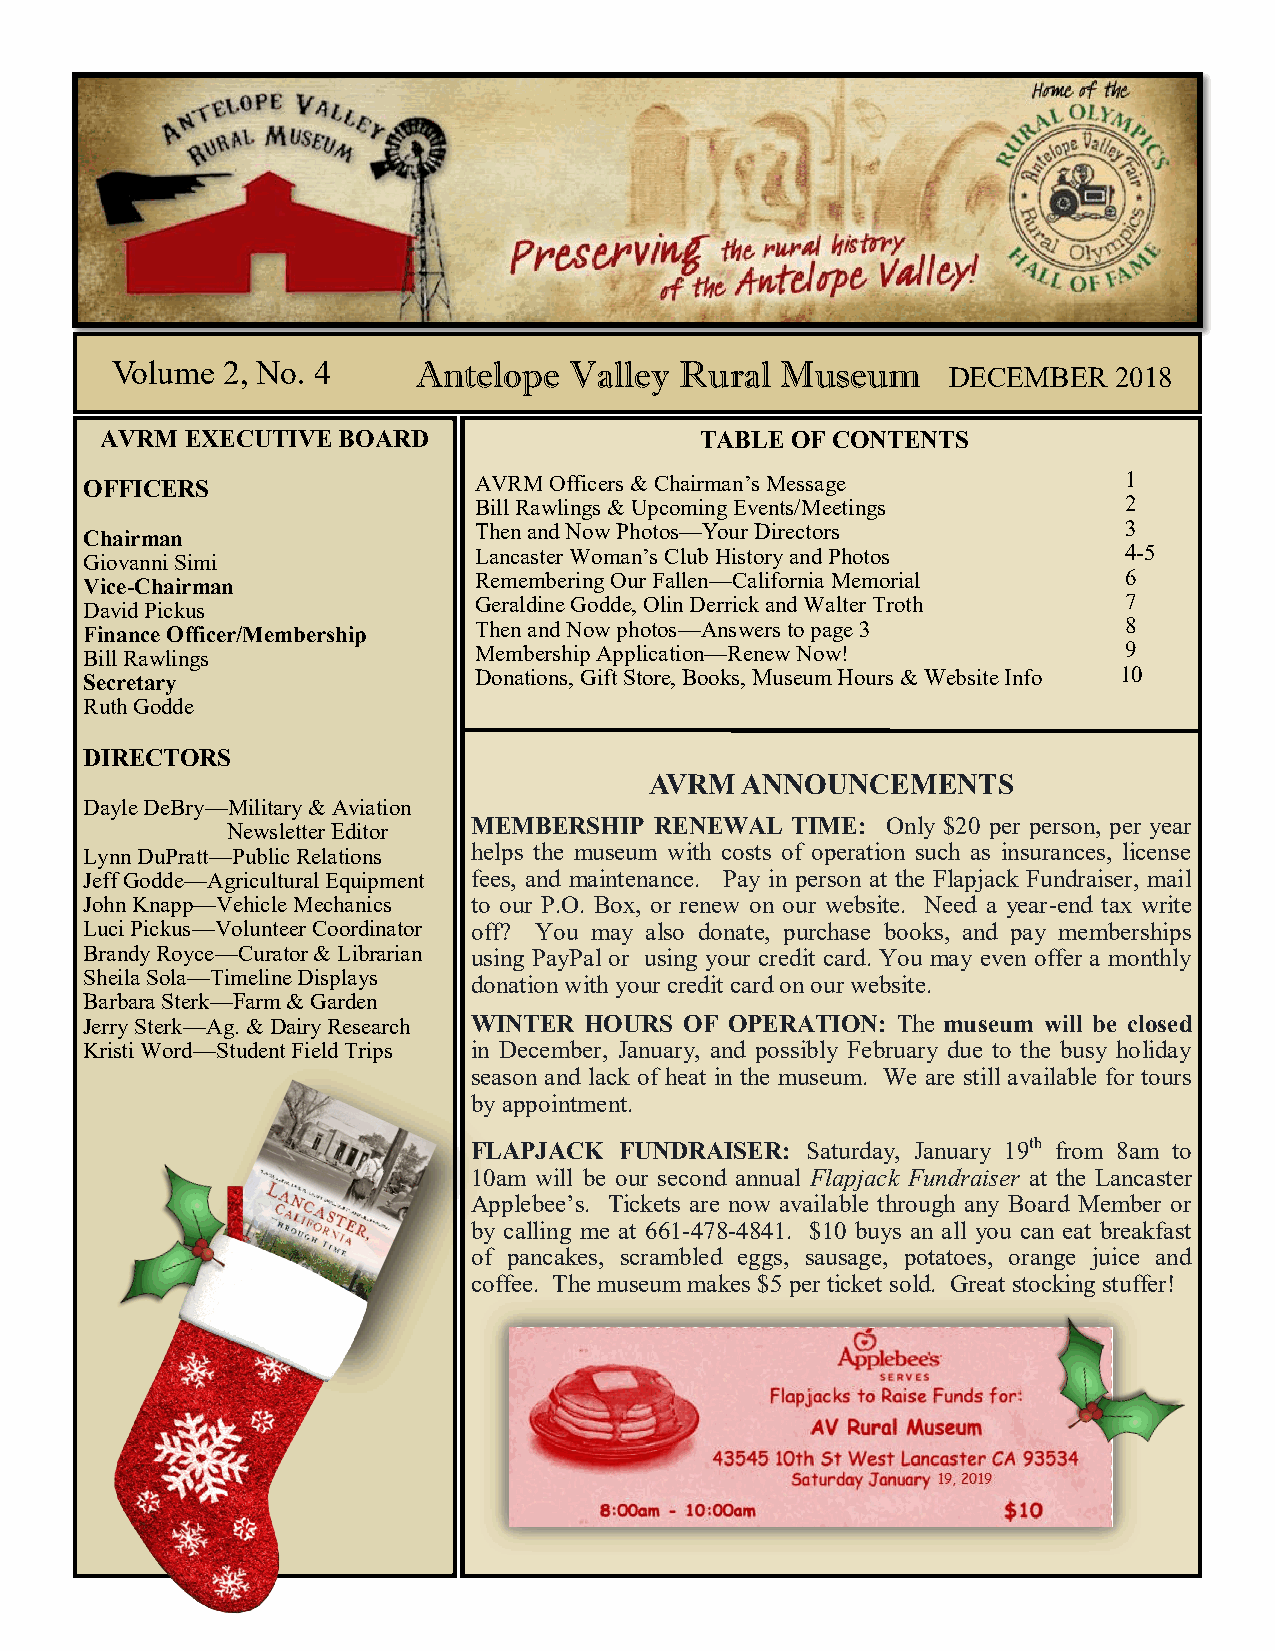
Volume  2, No. 4     Antelope  Valley Rural  Museum     DECEMBER   2018
 AVRM EXECUTIVE BOARD                   TABLE OF CONTENTS
 OFFICERS                  AVRM Officers & Chairman’s Message          1
 Bill Rawlings & Upcoming Events/Meetings    2
 Chairman                  Then and Now Photos—Your Directors          3
 Giovanni Simi             Lancaster Woman’s Club History and Photos   4-5
 Vice-Chairman             Remembering Our Fallen—California Memorial  6
 David Pickus              Geraldine Godde, Olin Derrick and Walter Troth 7
 Finance Officer/Membership Then and Now photos—Answers to page 3      8
 Bill Rawlings             Membership Application—Renew Now!           9
 Secretary                 Donations, Gift Store, Books, Museum Hours & Website Info 10
 Ruth Godde
 DIRECTORS
 AVRM  ANNOUNCEMENTS
 Dayle DeBry—Military & Aviation
 MEMBERSHIP  RENEWAL  TIME:  Only $20 per person, per year
 Newsletter Editor
 Lynn DuPratt—Public Relations helps the museum with costs of operation such as insurances, license
 Jeff Godde—Agricultural Equipment fees, and maintenance. Pay in person at the Flapjack Fundraiser, mail
 John Knapp—Vehicle Mechanics to our P.O. Box, or renew on our website. Need a year-end tax write
 Luci Pickus—Volunteer Coordinator off? You may also donate, purchase books, and pay memberships
 Brandy Royce—Curator & Librarian using PayPal or using your credit card. You may even offer a monthly
 Sheila Sola—Timeline Displays donation with your credit card on our website.
 Barbara Sterk—Farm & Garden
 Jerry Sterk—Ag. & Dairy Research WINTER HOURS OF OPERATION: The museum will be closed
 Kristi Word—Student Field Trips in December, January, and possibly February due to the busy holiday
 season and lack of heat in the museum. We are still available for tours
 by appointment.
 FLAPJACK  FUNDRAISER: Saturday, January 19th from 8am to
 10am will be our second annual Flapjack Fundraiser at the Lancaster
 Applebee’s. Tickets are now available through any Board Member or
 by calling me at 661-478-4841. $10 buys an all you can eat breakfast
 of pancakes, scrambled eggs, sausage, potatoes, orange juice and
 coffee. The museum makes $5 per ticket sold. Great stocking stuffer!